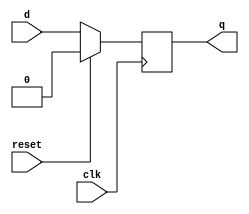
module D_FF (q, d, reset, clk);
  output reg q;
  input d, reset, clk;

  always @(posedge clk)
  if (reset)
    q <= 0;  // On reset, set to 0
  else
    q <= d; // Otherwise out = d
endmodule